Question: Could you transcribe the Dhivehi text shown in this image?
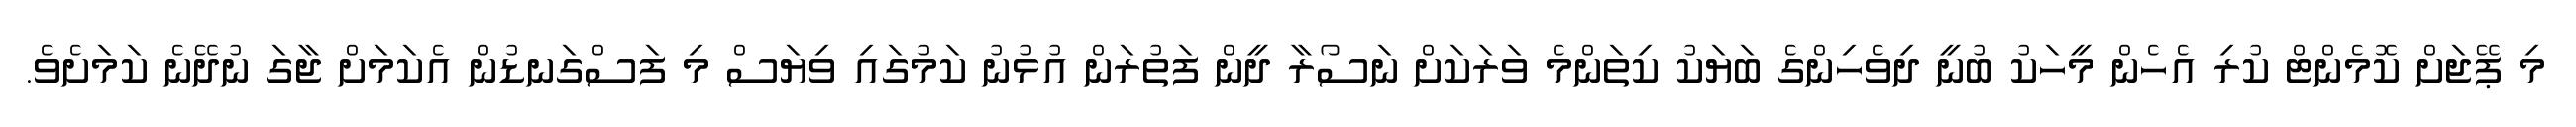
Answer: މި ޕޭޖަށް ކޮމެންޓް ކުރި އެހެން މީހަކު ބުނީ ދިވެހިންގެ ބަޔަކު ކިތަންމެ ވަރަކަށް ނަސޯރާ ދީން ފަތުރަން އުޅުނު ކަމުގައި ވިޔަސް މި ފަސްގަނޑުން އެކަމަށް ޖާގަ ނުދޭނެ ކަމަށެވެ.